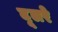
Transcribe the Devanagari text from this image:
दूलरे